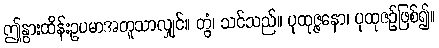
ဤနွားထိန်းဥပမာအတူသာလျှင်။ တွံ၊ သင်သည်။ ပုထုဇ္ဇနော၊ ပုထုဇဉ်ဖြစ်၍။